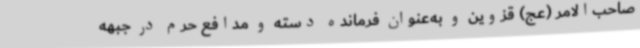
صاحب‌الامر (عج) قزوین و به‌عنوان فرمانده دسته و مدافع حرم در جبهه